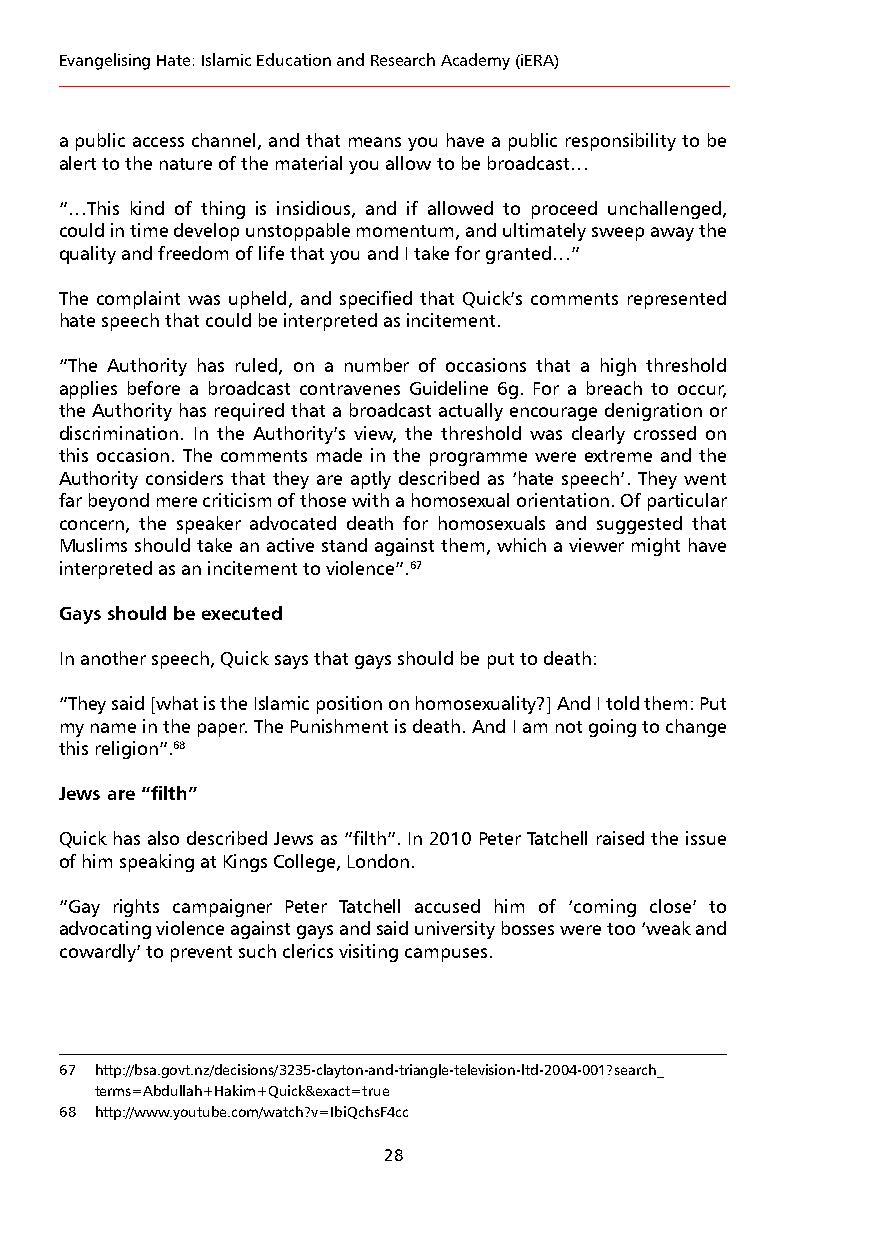
Evangelising Hate: Islamic Education and Research Academy (iERA)
 a public access channel, and that means you have a public responsibility to be
 alert to the nature of the material you allow to be broadcast…
 “…This kind of thing is insidious, and if allowed to proceed unchallenged,
 could in time develop unstoppable momentum, and ultimately sweep away the
 quality and freedom of life that you and I take for granted…”
 The complaint was upheld, and specified that Quick’s comments represented
 hate speech that could be interpreted as incitement.
 “The Authority has ruled, on a number of occasions that a high threshold
 applies before a broadcast contravenes Guideline 6g. For a breach to occur,
 the Authority has required that a broadcast actually encourage denigration or
 discrimination. In the Authority’s view, the threshold was clearly crossed on
 this occasion. The comments made in the programme were extreme and the
 Authority considers that they are aptly described as ‘hate speech’. They went
 far beyond mere criticism of those with a homosexual orientation. Of particular
 concern, the speaker advocated death for homosexuals and suggested that
 Muslims should take an active stand against them, which a viewer might have
 interpreted as an incitement to violence”.67
 Gays should be executed
 In another speech, Quick says that gays should be put to death:
 “They said [what is the Islamic position on homosexuality?] And I told them: Put
 my name in the paper. The Punishment is death. And I am not going to change
 this religion”.68
 Jews are “filth”
 Quick has also described Jews as “filth”. In 2010 Peter Tatchell raised the issue
 of him speaking at Kings College, London.
 “Gay rights campaigner Peter Tatchell accused him of ‘coming close’ to
 advocating violence against gays and said university bosses were too ‘weak and
 cowardly’ to prevent such clerics visiting campuses.
 67 http://bsa.govt.nz/decisions/3235-clayton-and-triangle-television-ltd-2004-001?search_
 terms=Abdullah+Hakim+Quick&exact=true
 68 http://www.youtube.com/watch?v=IbiQchsF4cc
 28